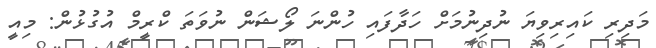
މަދިރި ކައިރިވިޔަ ނުދިނުމަށް ހަދާފައި ހުންނަ ލޯޝަން ނުވަތަ ކްރީމް އުގުޅުން: މިއީ